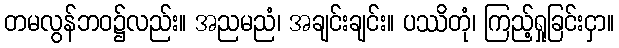
တမလွန်ဘဝ၌လည်း။ အညမညံ၊ အချင်းချင်း။ ပဿိတုံ၊ ကြည့်ရှုခြင်းငှာ။